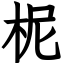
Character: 柅